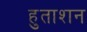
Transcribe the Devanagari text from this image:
हुताशन